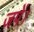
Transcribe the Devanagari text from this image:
जपें।